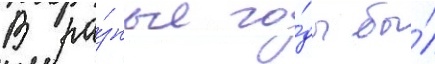
В ра́зные го́ды бы́л